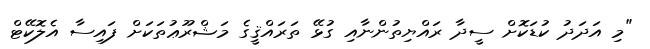
"މި އަދަދު ކުޑަކޮށް ސީދާ ރައްޔިތުންނާއި ގުޅޭ ތަރައްޤީގެ މަޝްރޫޢުތަކަށް ފައިސާ އެލޮކޭޓް